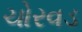
ચોરવડ